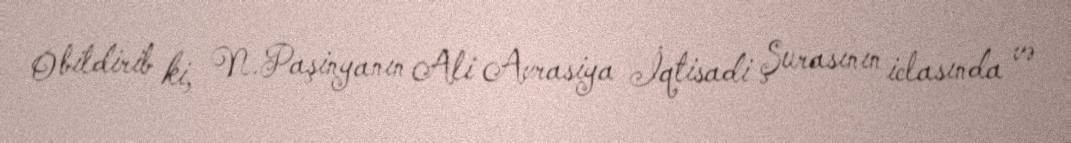
O bildirib ki, N.Paşinyanın Ali Avrasiya İqtisadi Şurasının iclasında və